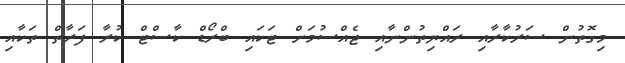
މިގޮތުން ސަރުކާރާއި ރައްޔިތުންނާއި ޖެއްސުމަށް ޓަކައި ބްރޯޑް ކާސްޓް ކުރާ ފަރާތް ތަކާއި